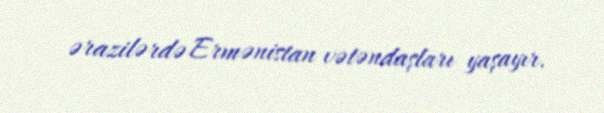
ərazilərdə Ermənistan vətəndaşları yaşayır.